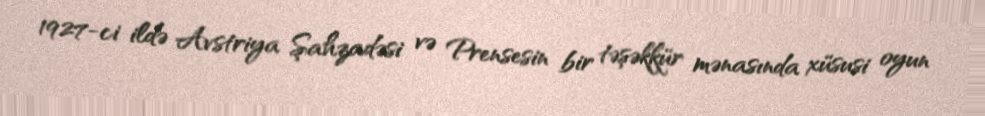
1927-ci ildə Avstriya Şahzadəsi və Prensesin bir təşəkkür mənasında xüsusi oyun